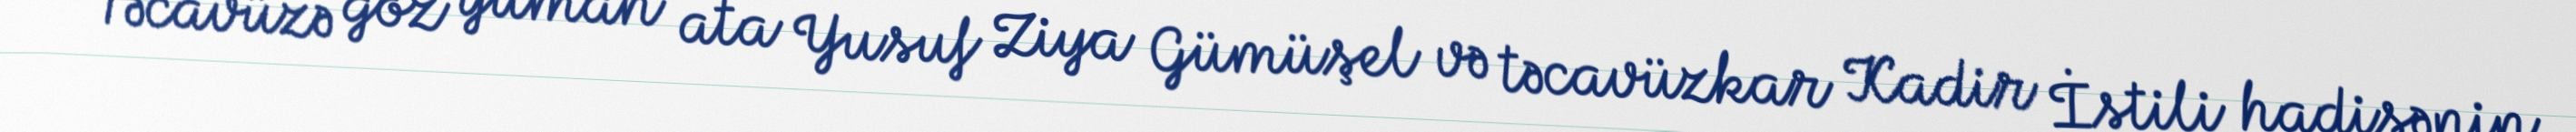
Təcavüzə göz yuman ata Yusuf Ziya Gümüşel və təcavüzkar Kadir İstili hadisənin